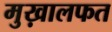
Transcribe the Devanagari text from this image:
मुख़ालफत